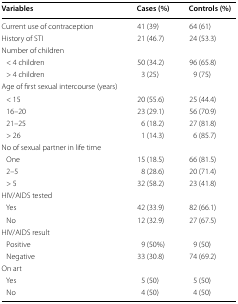
<table><thead><tr><td><b>Variables</b></td><td><b>Cases (%)</b></td><td><b>Controls (%)</b></td></tr></thead><tbody><tr><td>Current use of contraception</td><td>41 (39)</td><td>64 (61)</td></tr><tr><td>History of STI</td><td>21 (46.7)</td><td>24 (53.3)</td></tr><tr><td colspan="3">Number of children</td></tr><tr><td> &lt; 4 children</td><td>50 (34.2)</td><td>96 (65.8)</td></tr><tr><td> &gt; 4 children</td><td>3 (25)</td><td>9 (75)</td></tr><tr><td colspan="3">Age of first sexual intercourse (years)</td></tr><tr><td> &lt; 15</td><td>20 (55.6)</td><td>25 (44.4)</td></tr><tr><td> 16–20</td><td>23 (29.1)</td><td>56 (70.9)</td></tr><tr><td> 21–25</td><td>6 (18.2)</td><td>27 (81.8)</td></tr><tr><td> &gt; 26</td><td>1 (14.3)</td><td>6 (85.7)</td></tr><tr><td colspan="3">No of sexual partner in life time</td></tr><tr><td> One</td><td>15 (18.5)</td><td>66 (81.5)</td></tr><tr><td> 2–5</td><td>8 (28.6)</td><td>20 (71.4)</td></tr><tr><td> &gt; 5</td><td>32 (58.2)</td><td>23 (41.8)</td></tr><tr><td colspan="3">HIV/AIDS tested</td></tr><tr><td> Yes</td><td>42 (33.9)</td><td>82 (66.1)</td></tr><tr><td> No</td><td>12 (32.9)</td><td>27 (67.5)</td></tr><tr><td colspan="3">HIV/AIDS result</td></tr><tr><td> Positive</td><td>9 (50%)</td><td>9 (50)</td></tr><tr><td> Negative</td><td>33 (30.8)</td><td>74 (69.2)</td></tr><tr><td colspan="3">On art</td></tr><tr><td> Yes</td><td>5 (50)</td><td>5 (50)</td></tr><tr><td> No</td><td>4 (50)</td><td>4 (50)</td></tr></tbody></table>